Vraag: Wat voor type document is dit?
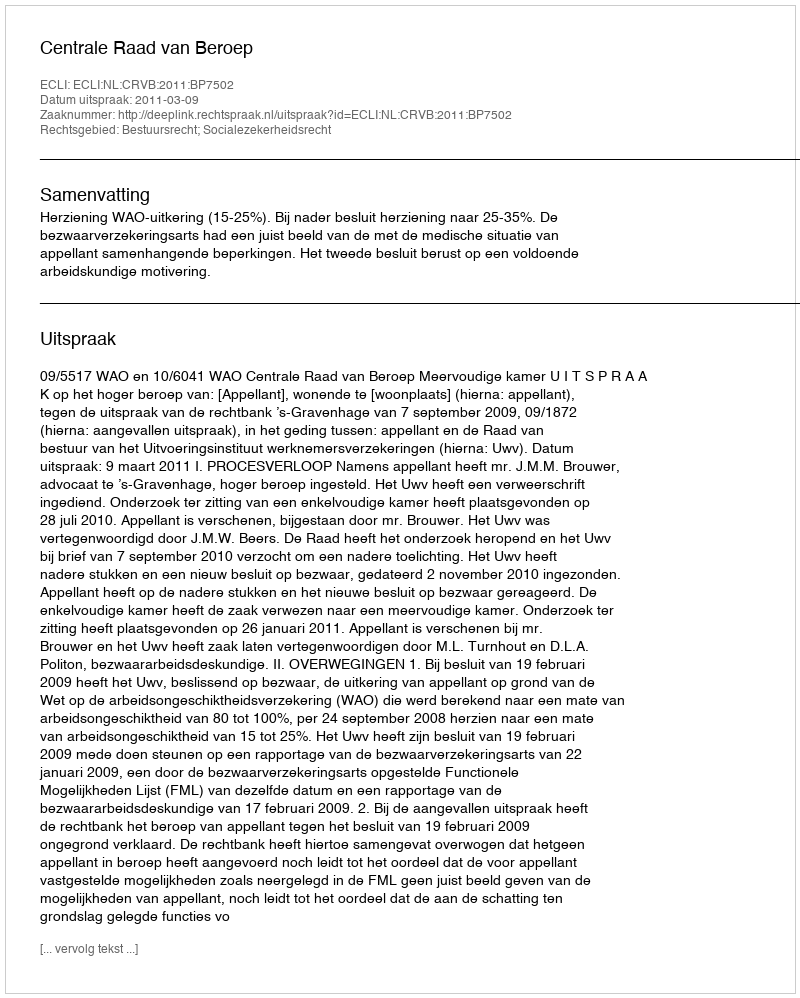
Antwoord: Uitspraak